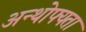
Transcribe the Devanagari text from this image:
अन्थोफ्यता